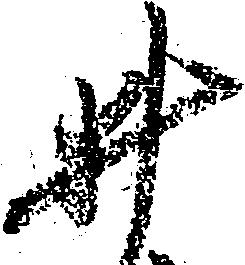
井